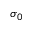
\sigma _ { 0 }